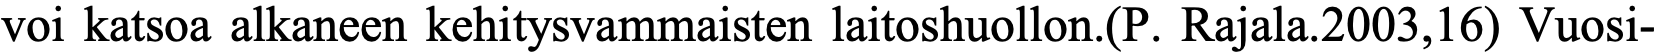
voi katsoa alkaneen kehitysvammaisten laitoshuollon.(P. Rajala.2003,16) Vuosi-